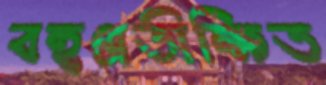
বহুপ্রতীক্ষিত